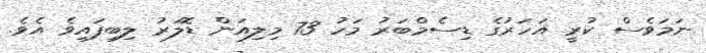
ނަމަވެސް ކުރީ އަހަރުގެ ޑިސެމްބަރު މަހު 73 މިލިއަން ޑޮލަރު ލިބިފައިވެ އެވެ.